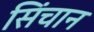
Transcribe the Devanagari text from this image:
सिंचान